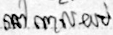
នៅពេលយប់